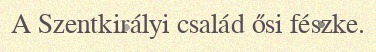
A Szentkirályi család ősi fészke.